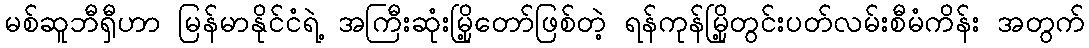
မစ်ဆူဘီရှီဟာ မြန်မာနိုင်ငံရဲ့ အကြီးဆုံးမြို့တော်ဖြစ်တဲ့ ရန်ကုန်မြို့တွင်းပတ်လမ်းစီမံကိန်း အတွက်